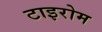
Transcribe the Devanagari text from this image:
टाइरोम